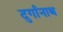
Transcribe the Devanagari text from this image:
दुर्गानाथ